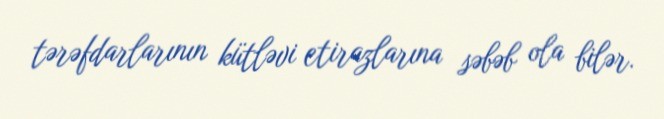
tərəfdarlarının kütləvi etirazlarına səbəb ola bilər.